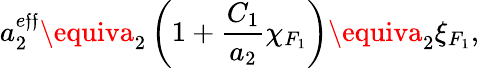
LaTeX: a_{2}^{e\mathfrak{f}\mathfrak{f}}\equiva_{2}\left(1+\frac{{C_{1}}}{{a_{2}}}\chi_{F_{1}}\right)\equiva_{2}\xi_{F_{1}},